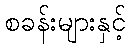
စခန်းများနှင့်